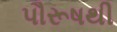
પૌરૂષથી